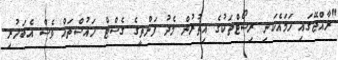
"ރާއްޖޭގައި ހަމައެކަނި ރިސޯޓްތަކުގެ އިތުރުން މެދު ފަންތީގެ ގެސްޓް ހައުސްތައް ވެސް އެބަހުރި.